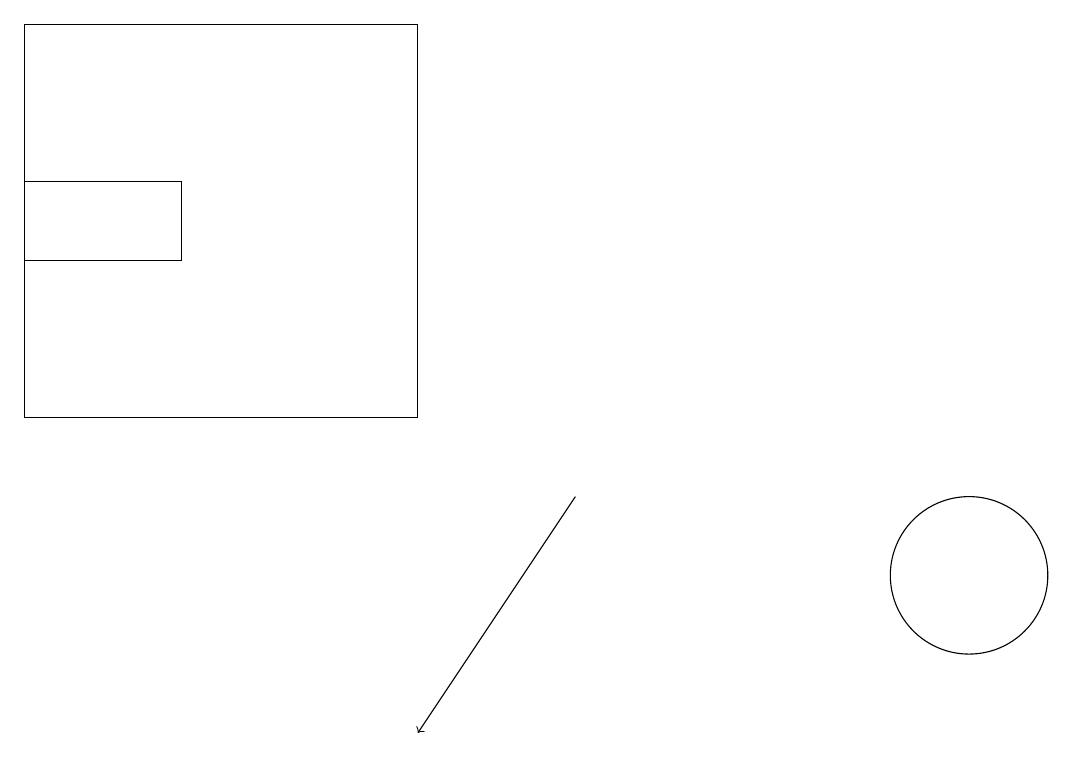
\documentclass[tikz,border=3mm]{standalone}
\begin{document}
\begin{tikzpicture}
\draw[->] (7,13) -- (5,10);
\draw (0,17) rectangle (2,16);
\draw (5,14) rectangle (0,19);
\draw (12,12) circle (1);
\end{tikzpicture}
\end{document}